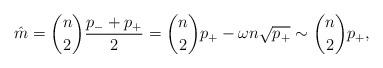
LaTeX: \begin{align*}\hat{m} = {n \choose 2} \frac {p_- + p_+}{2} = {n \choose 2} p_+ - \omega n \sqrt{p_+} \sim {n \choose 2} p_+,\end{align*}